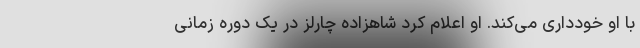
با او خودداری می‌کند. او اعلام کرد شاهزاده چارلز در یک دوره زمانی